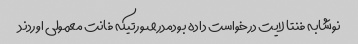
نوشابه فنتا لایت درخواست داده بودمدرصورتیکه فانت معمولی اوردند